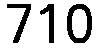
710